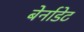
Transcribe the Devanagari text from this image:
बेर्नाडेट